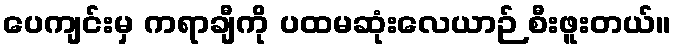
ပေကျင်းမှ ကရာချီကို ပထမဆုံးလေယာဉ် စီးဖူးတယ်။